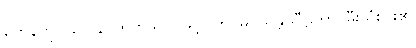
တေနကုသလေန၊ ထိုကုသိုလ်ဖြင့်။ တိဝိဓဂ္ဂိသန္တပပီဠိတာ၊ မီးသုံးပါး၏